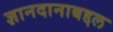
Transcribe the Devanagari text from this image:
ज्ञानदानाबद्दल